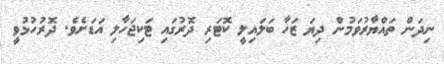
ނިދަން ތައްޔާރުވަމުން ދިޔަ ޒަހާ ބަލައިލީ ކޮޓަރި ދޮރުގައި ޓަކިޖަހާލި އަޑަށެވެ. ދޮރުހުޅުވީ